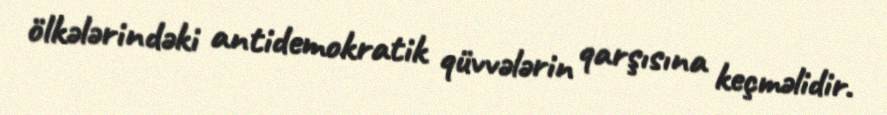
ölkələrindəki antidemokratik qüvvələrin qarşısına keçməlidir.